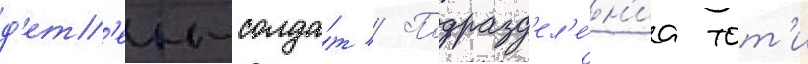
д'ет'еи-солда́т // Подразд'ел'е́н'иа тот'и